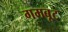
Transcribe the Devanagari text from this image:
गमबूट